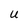
Character: U